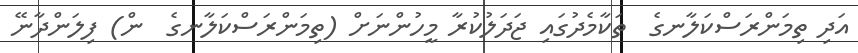
އަދި ތިމަންރަސްކަލާނގެ  ތަކާމެދުގައި ޖަދަލުކުރާ މީހުންނަށް (ތިމަންރަސްކަލާނގެ  ން) ފިލަންދާނޭ